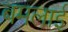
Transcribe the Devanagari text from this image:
बमलाई